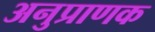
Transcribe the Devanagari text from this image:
अनुप्राणक